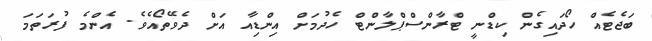
ބަޖެޓެއް ހޯދައިގެން ކިޑްނީ ޓްރާންސްޕްލާންޓް ހެދުމަށް އިންޑިއާ އަށް ދެވޭތޯއެވެ. އެންމެ ފުރަތަމަ